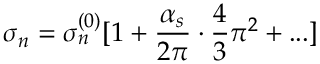
\sigma _ { n } = \sigma _ { n } ^ { ( 0 ) } [ 1 + \frac { \alpha _ { s } } { 2 \pi } \cdot \frac { 4 } { 3 } \pi ^ { 2 } + . . . ]